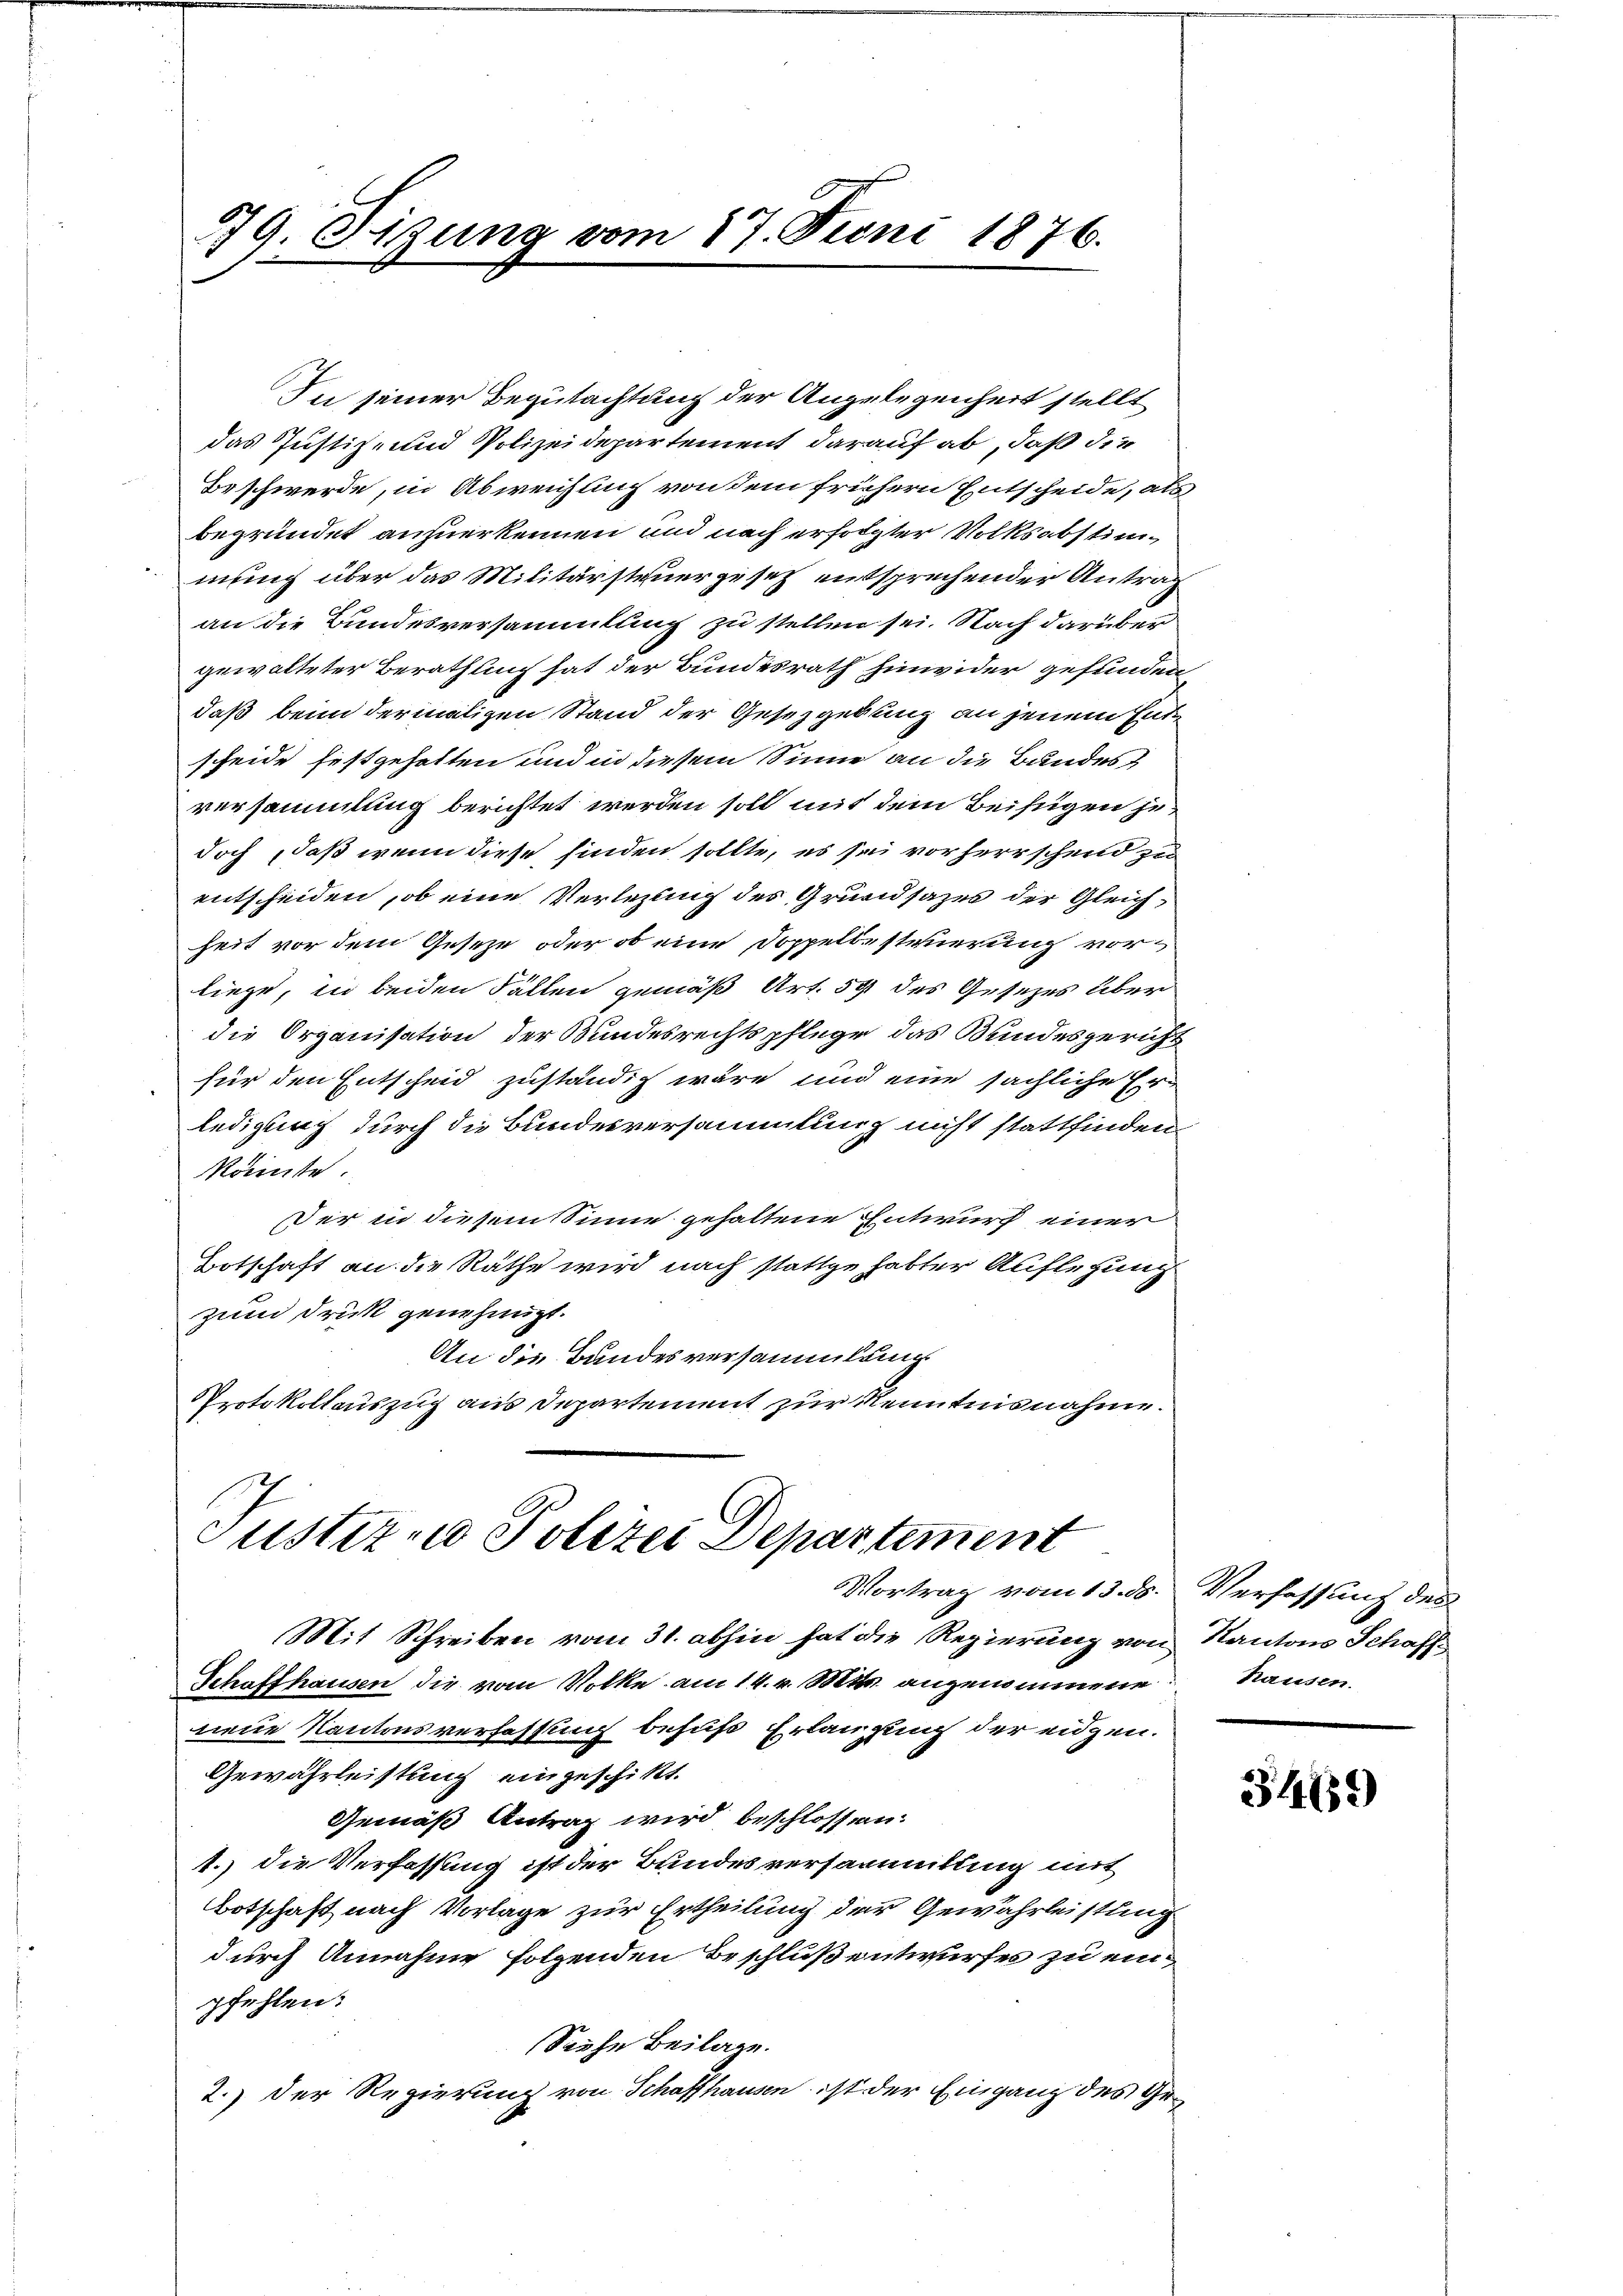
79. Sitzung vom 17. Juni 1876.

Justiz- u Polizei Departement
Vortrag vom 13. ds. Verfassung des
Mit Schreiben vom 31. abhin hat die Regierung von Kantons Schaff¬

In seiner Begutachtung der Angelegenheit stellt
das Justiz- und Polizeidepartement darauf ab, daß die
Beschwerde, in Abweichung von dem frühern Entscheide, als
begründet anzuerkennen und nach erfolgter Volksabstimmung über das Militärsteuergesetz entsprechender Antrag
an die Bundesversammlung zu stellen sei. Nach darüber
gewalteter Berathung hat der Bundesrath hinwider gefunden,
daß beim dermaligen Stand der Gesetzgebung an jenem Endscheide festgehalten und in diesem Sinne an die Bandes
versammlung berichtet werden soll mit dem Beifügen jedoch, daß wenn diese finden sollte, es sei vorherrschend zu
entscheiden, ob eine Verlegung des Grundsazes der Gleichheit vor dem Geseze, oder ob eine Doppeltesteuerung vorliege, in beiden Fällen gemäß Art. 59 des Gesetzes über
die Organisation der Bundesrechtspflege das Bundesgericht
für den Entscheid zuständig wäre und eine sächliche Erledigung durch die Bundesversammlung nicht stattfinden
Robinte
Der in diesem Sinne gehaltene Entwurf einer
Botschaft an die Räthe wird nach stattgehabter Auflegung
zum Druck genehmigt.
An die Bandesversammlung
Nrotokollauszug aus Departement zur Kenntnisnahme.

Schaffhausen die vom Volke am 14. v. Mts. angenommene Rausen.
nene Kantonsverfassung behufs Erlangung der eidgen.
Gewährleistung eingeschikt.
Gemäß Antrag wird beschlossen.
1.) die Verfassung ist der Bundesversammlung mit
Botschaft nach Vorlage zur Ertheilung der Gewährleistung
durch Annahme folgenden Beschluß entwurfes zu einpfehlen.
Siehe Beilage.
2.) Der Regierung von Schaffhausen ist der Eingang des Ge¬

3469)